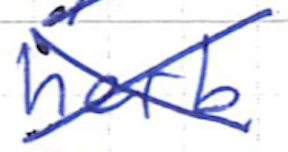
Text: herb
Cross-out: cross
Writing tool: ballpoint